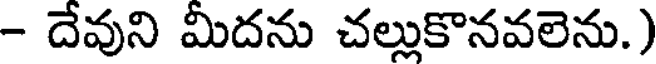
- దేవుని మీదను చల్లుకొనవలెను.)